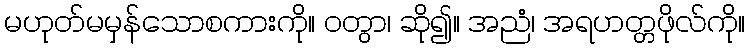
မဟုတ်မမှန်သောစကားကို။ ဝတွာ၊ ဆို၍။ အညံ၊ အရဟတ္တဖိုလ်ကို။